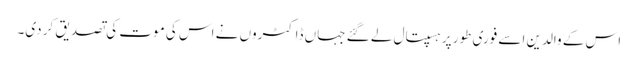
اس کے والدین اسے فوری طور پر ہسپتال لے گئے جہاں ڈاکٹروں نے اس کی موت کی تصدیق کر دی۔